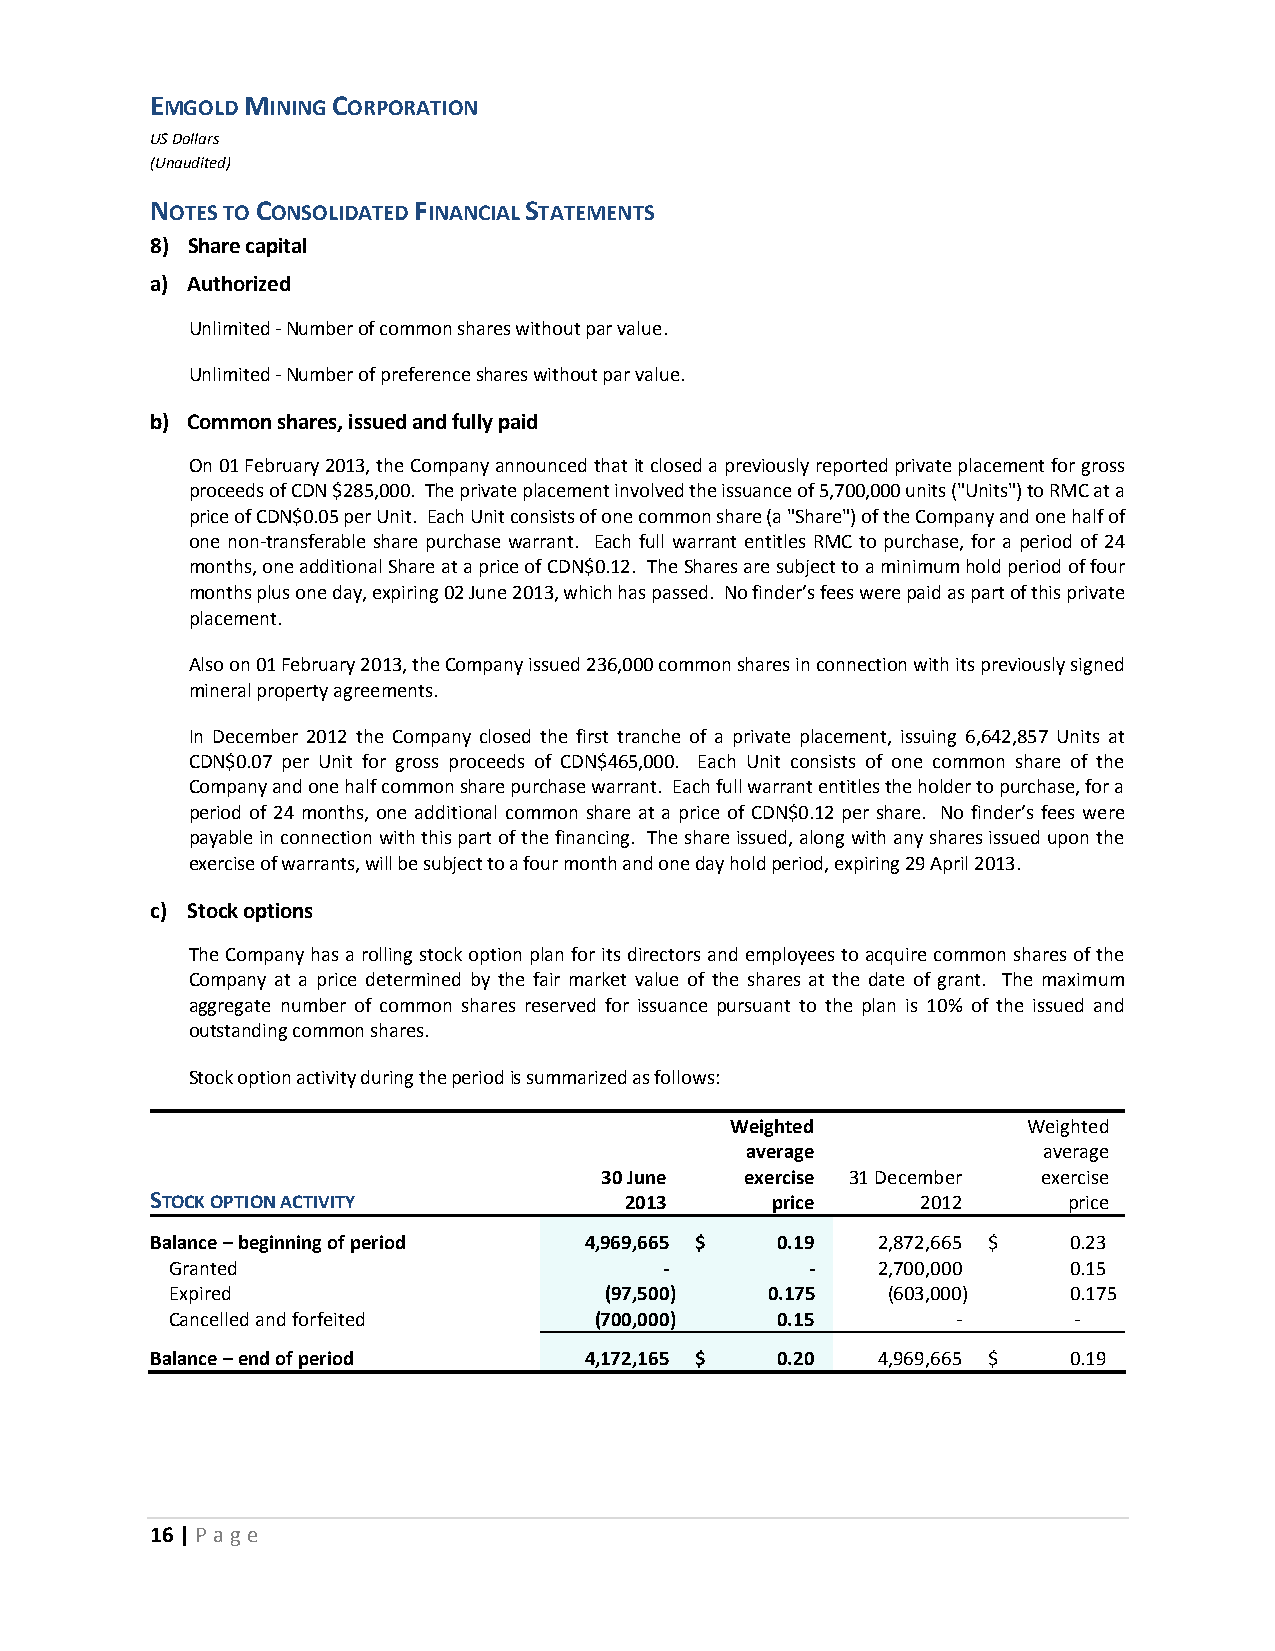
EMGOLD MINING CORPORATION
 US Dollars
 (Unaudited)
 NOTES TO CONSOLIDATED FINANCIAL STATEMENTS
 8) Share capital
 a) Authorized
 Unlimited - Number of common shares without par value.
 Unlimited - Number of preference shares without par value.
 b) Common shares, issued and fully paid
 On 01 February 2013, the Company announced that it closed a previously reported private placement for gross
 proceeds of CDN $285,000. The private placement involved the issuance of 5,700,000 units ("Units") to RMC at a
 price of CDN$0.05 per Unit. Each Unit consists of one common share (a "Share") of the Company and one half of
 one non-transferable share purchase warrant. Each full warrant entitles RMC to purchase, for a period of 24
 months, one additional Share at a price of CDN$0.12. The Shares are subject to a minimum hold period of four
 months plus one day, expiring 02 June 2013, which has passed. No finder’s fees were paid as part of this private
 placement.
 Also on 01 February 2013, the Company issued 236,000 common shares in connection with its previously signed
 mineral property agreements.
 In December 2012 the Company closed the first tranche of a private placement, issuing 6,642,857 Units at
 CDN$0.07 per Unit for gross proceeds of CDN$465,000. Each Unit consists of one common share of the
 Company and one half common share purchase warrant. Each full warrant entitles the holder to purchase, for a
 period of 24 months, one additional common share at a price of CDN$0.12 per share. No finder’s fees were
 payable in connection with this part of the financing. The share issued, along with any shares issued upon the
 exercise of warrants, will be subject to a four month and one day hold period, expiring 29 April 2013.
 c) Stock options
 The Company has a rolling stock option plan for its directors and employees to acquire common shares of the
 Company at a price determined by the fair market value of the shares at the date of grant. The maximum
 aggregate number of common shares reserved for issuance pursuant to the plan is 10% of the issued and
 outstanding common shares.
 Stock option activity during the period is summarized as follows:
 Weighted            Weighted
 average             average
 30 June  exercise 31 December exercise
 STOCK OPTION ACTIVITY          2013      price     2012      price
 Balance – beginning of period 4,969,665 $ 0.19  2,872,665 $  0.23
 Granted                          -         -   2,700,000    0.15
 Expired                      (97,500)   0.175   (603,000)   0.175
 Cancelled and forfeited     (700,000)   0.15        -       -
 Balance – end of period      4,172,165 $ 0.20   4,969,665 $  0.19
 16 | P age